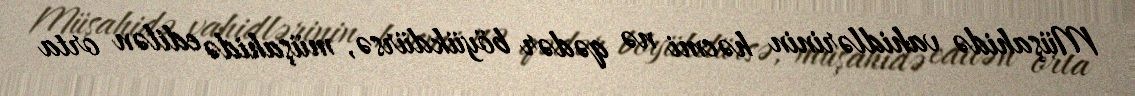
Müşahidə vahidlərinin həcmi nə qədər böyükdürsə, müşahidə edilən orta